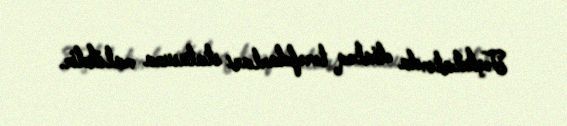
Təşkilatında dialoq tərəfdarları statusuna malikdir.